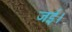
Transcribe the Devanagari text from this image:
जई।